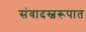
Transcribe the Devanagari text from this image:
संवादस्वरूपात